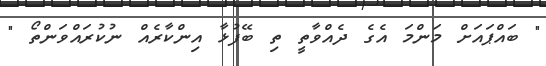
" ބައްޕައަށް މަންމަ އެގެ ދެއްވާތީ ތި ބޭފުޅާ އިންކާރެއް ނުކުރައްވަންތޯ "